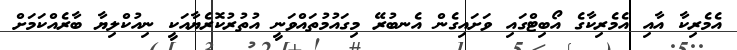
އެމެރިކާ އާއި އެމެރިކާގެ އޯބިޓްގައި ވަށައިގެން އެނބުރޭ މިގައުމުތައްވަނީ އުތުރުކޮރެޔާއަކީ ނިއުކްލިޔާ ބާރެއްކަމަށް